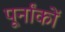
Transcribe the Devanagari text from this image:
पूर्नांकों